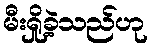
မီးရှို့ခဲ့သည်ဟု